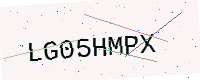
Text: LG05HMPX